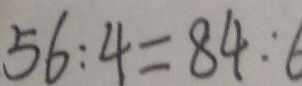
5 6 o l o n 4 = 8 4 o l o n 6